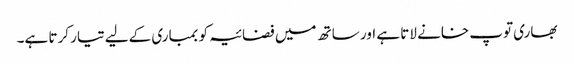
بھاری توپ خانے لاتا ہے اور ساتھ میں فضائیہ کو بمباری کےلیے تیار کرتا ہے۔